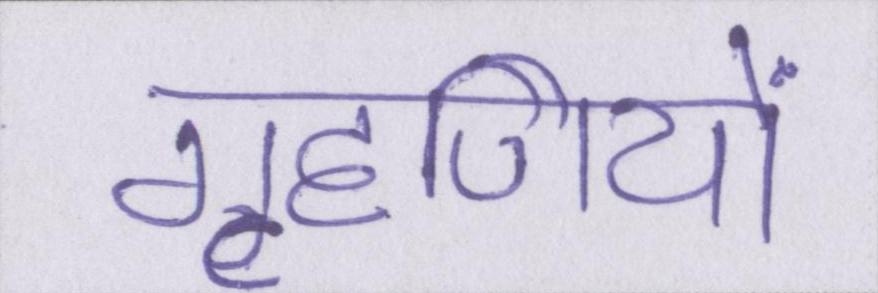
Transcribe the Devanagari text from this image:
गृहणियों